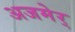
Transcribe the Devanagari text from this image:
अजमेर्